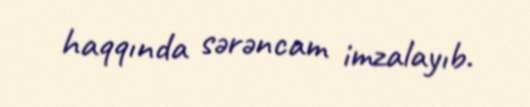
haqqında sərəncam imzalayıb.